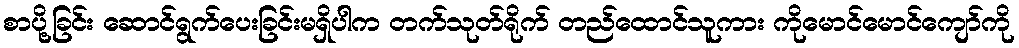
စာပို့ခြင်း ဆောင်ရွက်ပေးခြင်းမရှိပါက တက်သုတ်ရိုက် တည်ထောင်သူကား ကိုမောင်မောင်ကျော်ကို